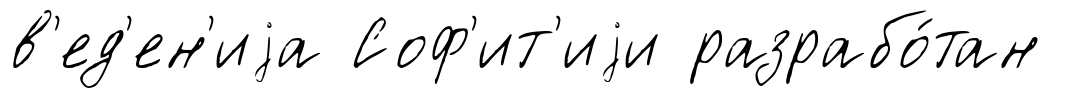
в'ед'ен'иjа Соф'ит'иjи разрабо́тан